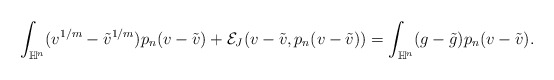
\begin{align*} \begin{aligned} \int_{\mathbb{H}^n}(v^{1/m}-\Tilde{v}^{1/m})p_n(v-\Tilde{v})+\mathcal{E}_J(v-\Tilde{v},p_n(v-\Tilde{v}))=\int_{\mathbb{H}^n}(g-\Tilde{g})p_n(v-\Tilde{v}). \end{aligned} \end{align*}